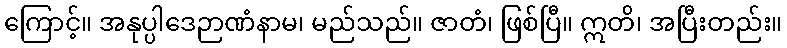
ကြောင့်။ အနုပ္ပါဒေဉာဏံနာမ၊ မည်သည်။ ဇာတံ၊ ဖြစ်ပြီ။ ဣတိ၊ အပြီးတည်း။